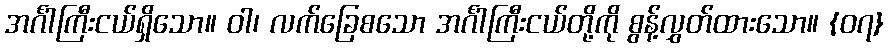
အင်္ဂါကြီးငယ်ရှိသော။ ဝါ၊ လက်ခြေစသော အင်္ဂါကြီးငယ်တို့ကို စွန့်လွှတ်ထားသော။ {၀၇}